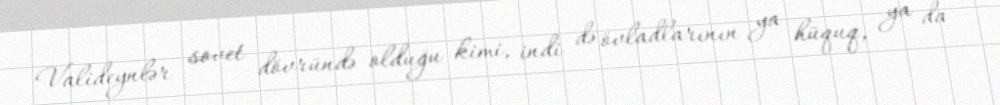
Valideynlər sovet dövründə olduğu kimi, indi də övladlarının ya hüquq, ya da